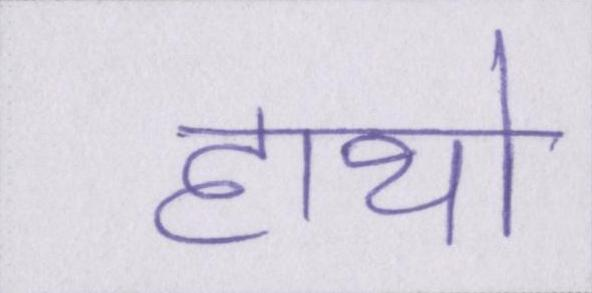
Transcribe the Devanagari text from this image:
हाथो